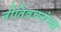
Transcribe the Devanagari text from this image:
नीतिवचनांच्या